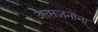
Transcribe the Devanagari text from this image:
आप्तजनांना